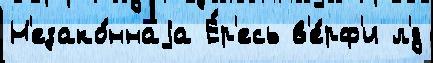
Н'езако́ннаjа Е́р'есь в'е́рф'и л'́д